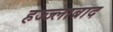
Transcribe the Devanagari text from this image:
हज्ज्लाबाद